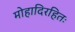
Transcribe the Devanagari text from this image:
मोहादिरहितः